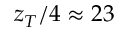
z _ { T } / 4 \approx 2 3